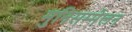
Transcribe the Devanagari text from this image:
मुनिसम्मेलन